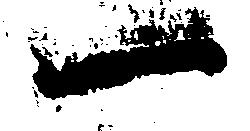
一